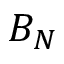
B _ { N }